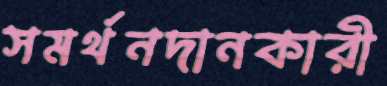
সমর্থনদানকারী